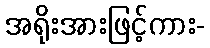
အရိုးအားဖြင့်ကား-